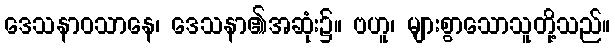
ဒေသနာဝသာနေ၊ ဒေသနာ၏အဆုံး၌။ ဗဟူ၊ များစွာသောသူတို့သည်။